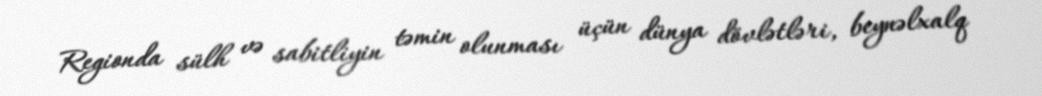
Regionda sülh və sabitliyin təmin olunması üçün dünya dövlətləri, beynəlxalq